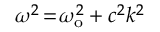
\omega ^ { 2 } \! = \! \omega _ { \mathrm { o } } ^ { 2 } + c ^ { 2 } k ^ { 2 }